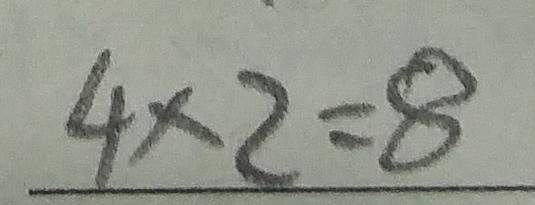
4 \times 2 = 8